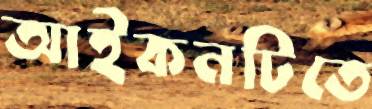
আইকনটিতে